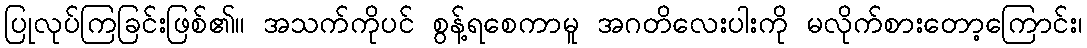
ပြုလုပ်ကြခြင်းဖြစ်၏။ အသက်ကိုပင် စွန့်ရစေကာမူ အဂတိလေးပါးကို မလိုက်စားတော့ကြောင်း၊